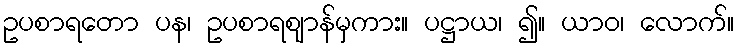
ဥပစာရတော ပန၊ ဥပစာရဈာန်မှကား။ ပဋ္ဌာယ၊ ၍။ ယာဝ၊ လောက်။